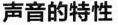
声音的特性